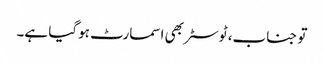
تو جناب، ٹوسٹر بھی اسمارٹ ہوگیا ہے۔